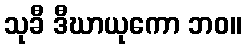
သုခီ ဒီဃာယုကော ဘဝ။